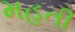
મહતી